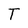
Character: T